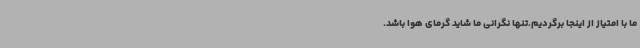
ما با امتیاز از اینجا برگردیم.تنها نگرانی ما شاید گرمای هوا باشد.